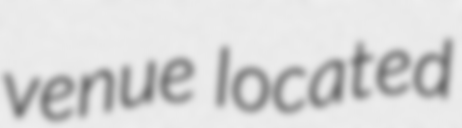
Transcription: venue located